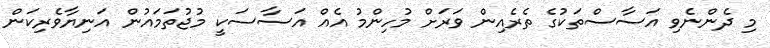
މި ދެންނެވި އަސާސްތަކުގެ ތެރެއިން ވަރަށް މުހިންމު އެއް އަސާސަކީ މުޖުތަމައުން އަނިޔާވެރިކަން